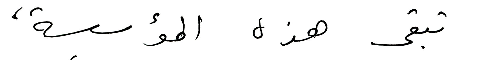
تبقى هذه المؤسسة ،